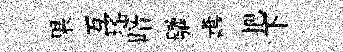
果互瑤暗驩夀把下